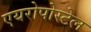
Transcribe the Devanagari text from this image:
एयरोपोस्टेल